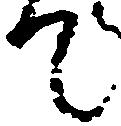
て